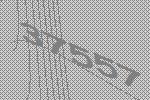
37557